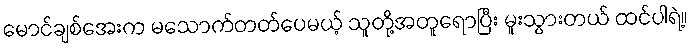
မောင်ချစ်အေးက မသောက်တတ်ပေမယ့် သူတို့အတူရောပြီး မူးသွားတယ် ထင်ပါရဲ့။